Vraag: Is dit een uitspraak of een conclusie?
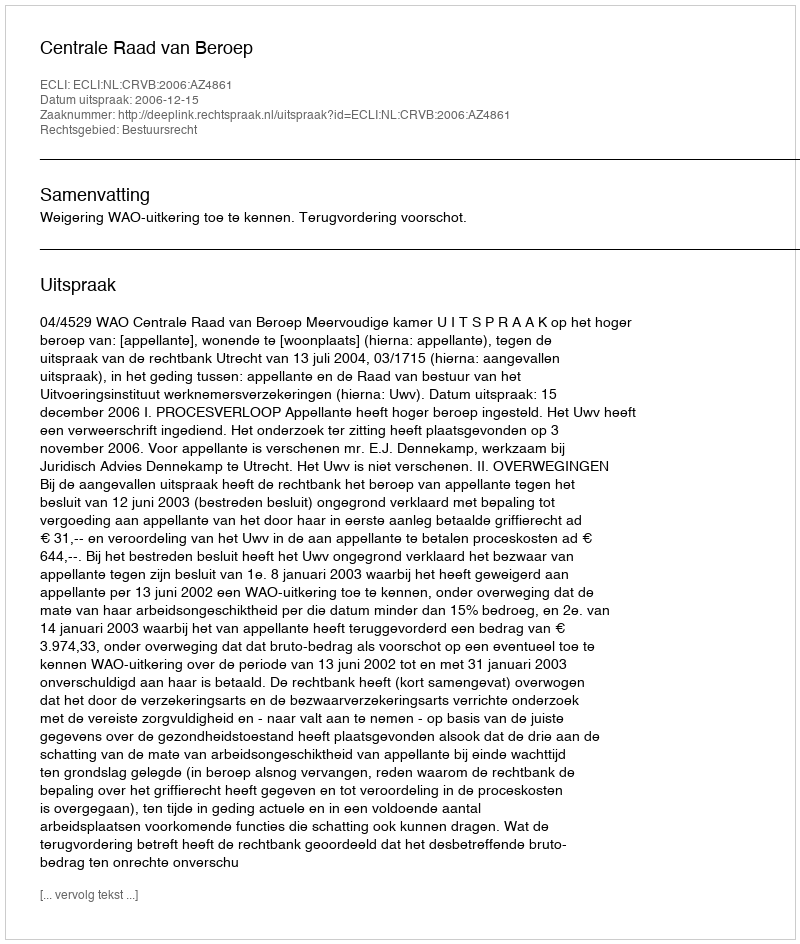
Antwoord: Uitspraak